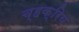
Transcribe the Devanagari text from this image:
च्हक्रिय